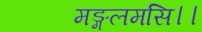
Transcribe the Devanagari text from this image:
मङ्गलमसि।।